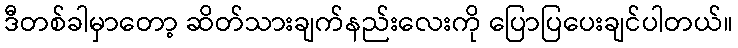
ဒီတစ်ခါမှာတော့ ဆိတ်သားချက်နည်းလေးကို ပြောပြပေးချင်ပါတယ်။